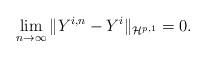
LaTeX: \begin{align*}\underset{n\to\infty}\lim \, \|Y^{i,n}-Y^i\|_{\mathcal{H}^{p,1}}=0.\end{align*}